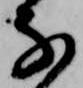
な